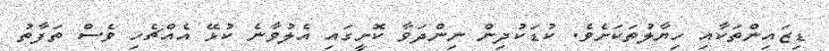
ޑިޒައިންތަކާއި ހިޔާލުތަކަށެވެ. ކުޑަކުދިން ނިންދަވާ ކޮށީގައި އެލުވާނެ ކުޅޭ އެއްޗެހި ވެސް ތަފާތު